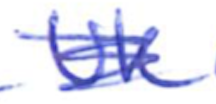
Text: UK
Cross-out: scratch
Writing tool: ballpoint